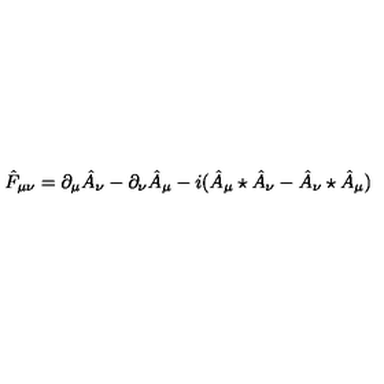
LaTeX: \hat { F } _ { \mu \nu } = \partial _ { \mu } \hat { A } _ { \nu } - \partial _ { \nu } \hat { A } _ { \mu } - i ( \hat { A } _ { \mu } \star \hat { A } _ { \nu } - \hat { A } _ { \nu } \star \hat { A } _ { \mu } )